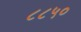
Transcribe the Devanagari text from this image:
८८५०